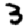
Digit: 3